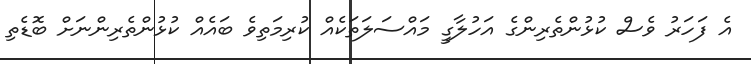
އެ ފަހަރު ވެސް ކުޅުންތެރިންގެ އަހުލާގީ މައްސަލަތަކެއް ކުރިމަތިވެ ބައެއް ކުޅުންތެރިންނަށް ބޮޑެތި